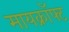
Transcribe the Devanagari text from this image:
मायक्राॅफ्ट